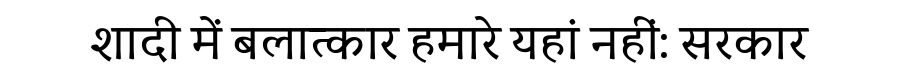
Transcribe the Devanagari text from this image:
शादी में बलात्कार हमारे यहां नहीं: सरकार